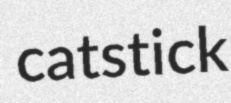
catstick